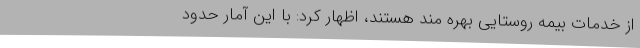
از خدمات بیمه روستایی بهره مند هستند، اظهار کرد: با این آمار حدود